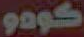
كودو